Tartu_linnavalitsus, lk 94
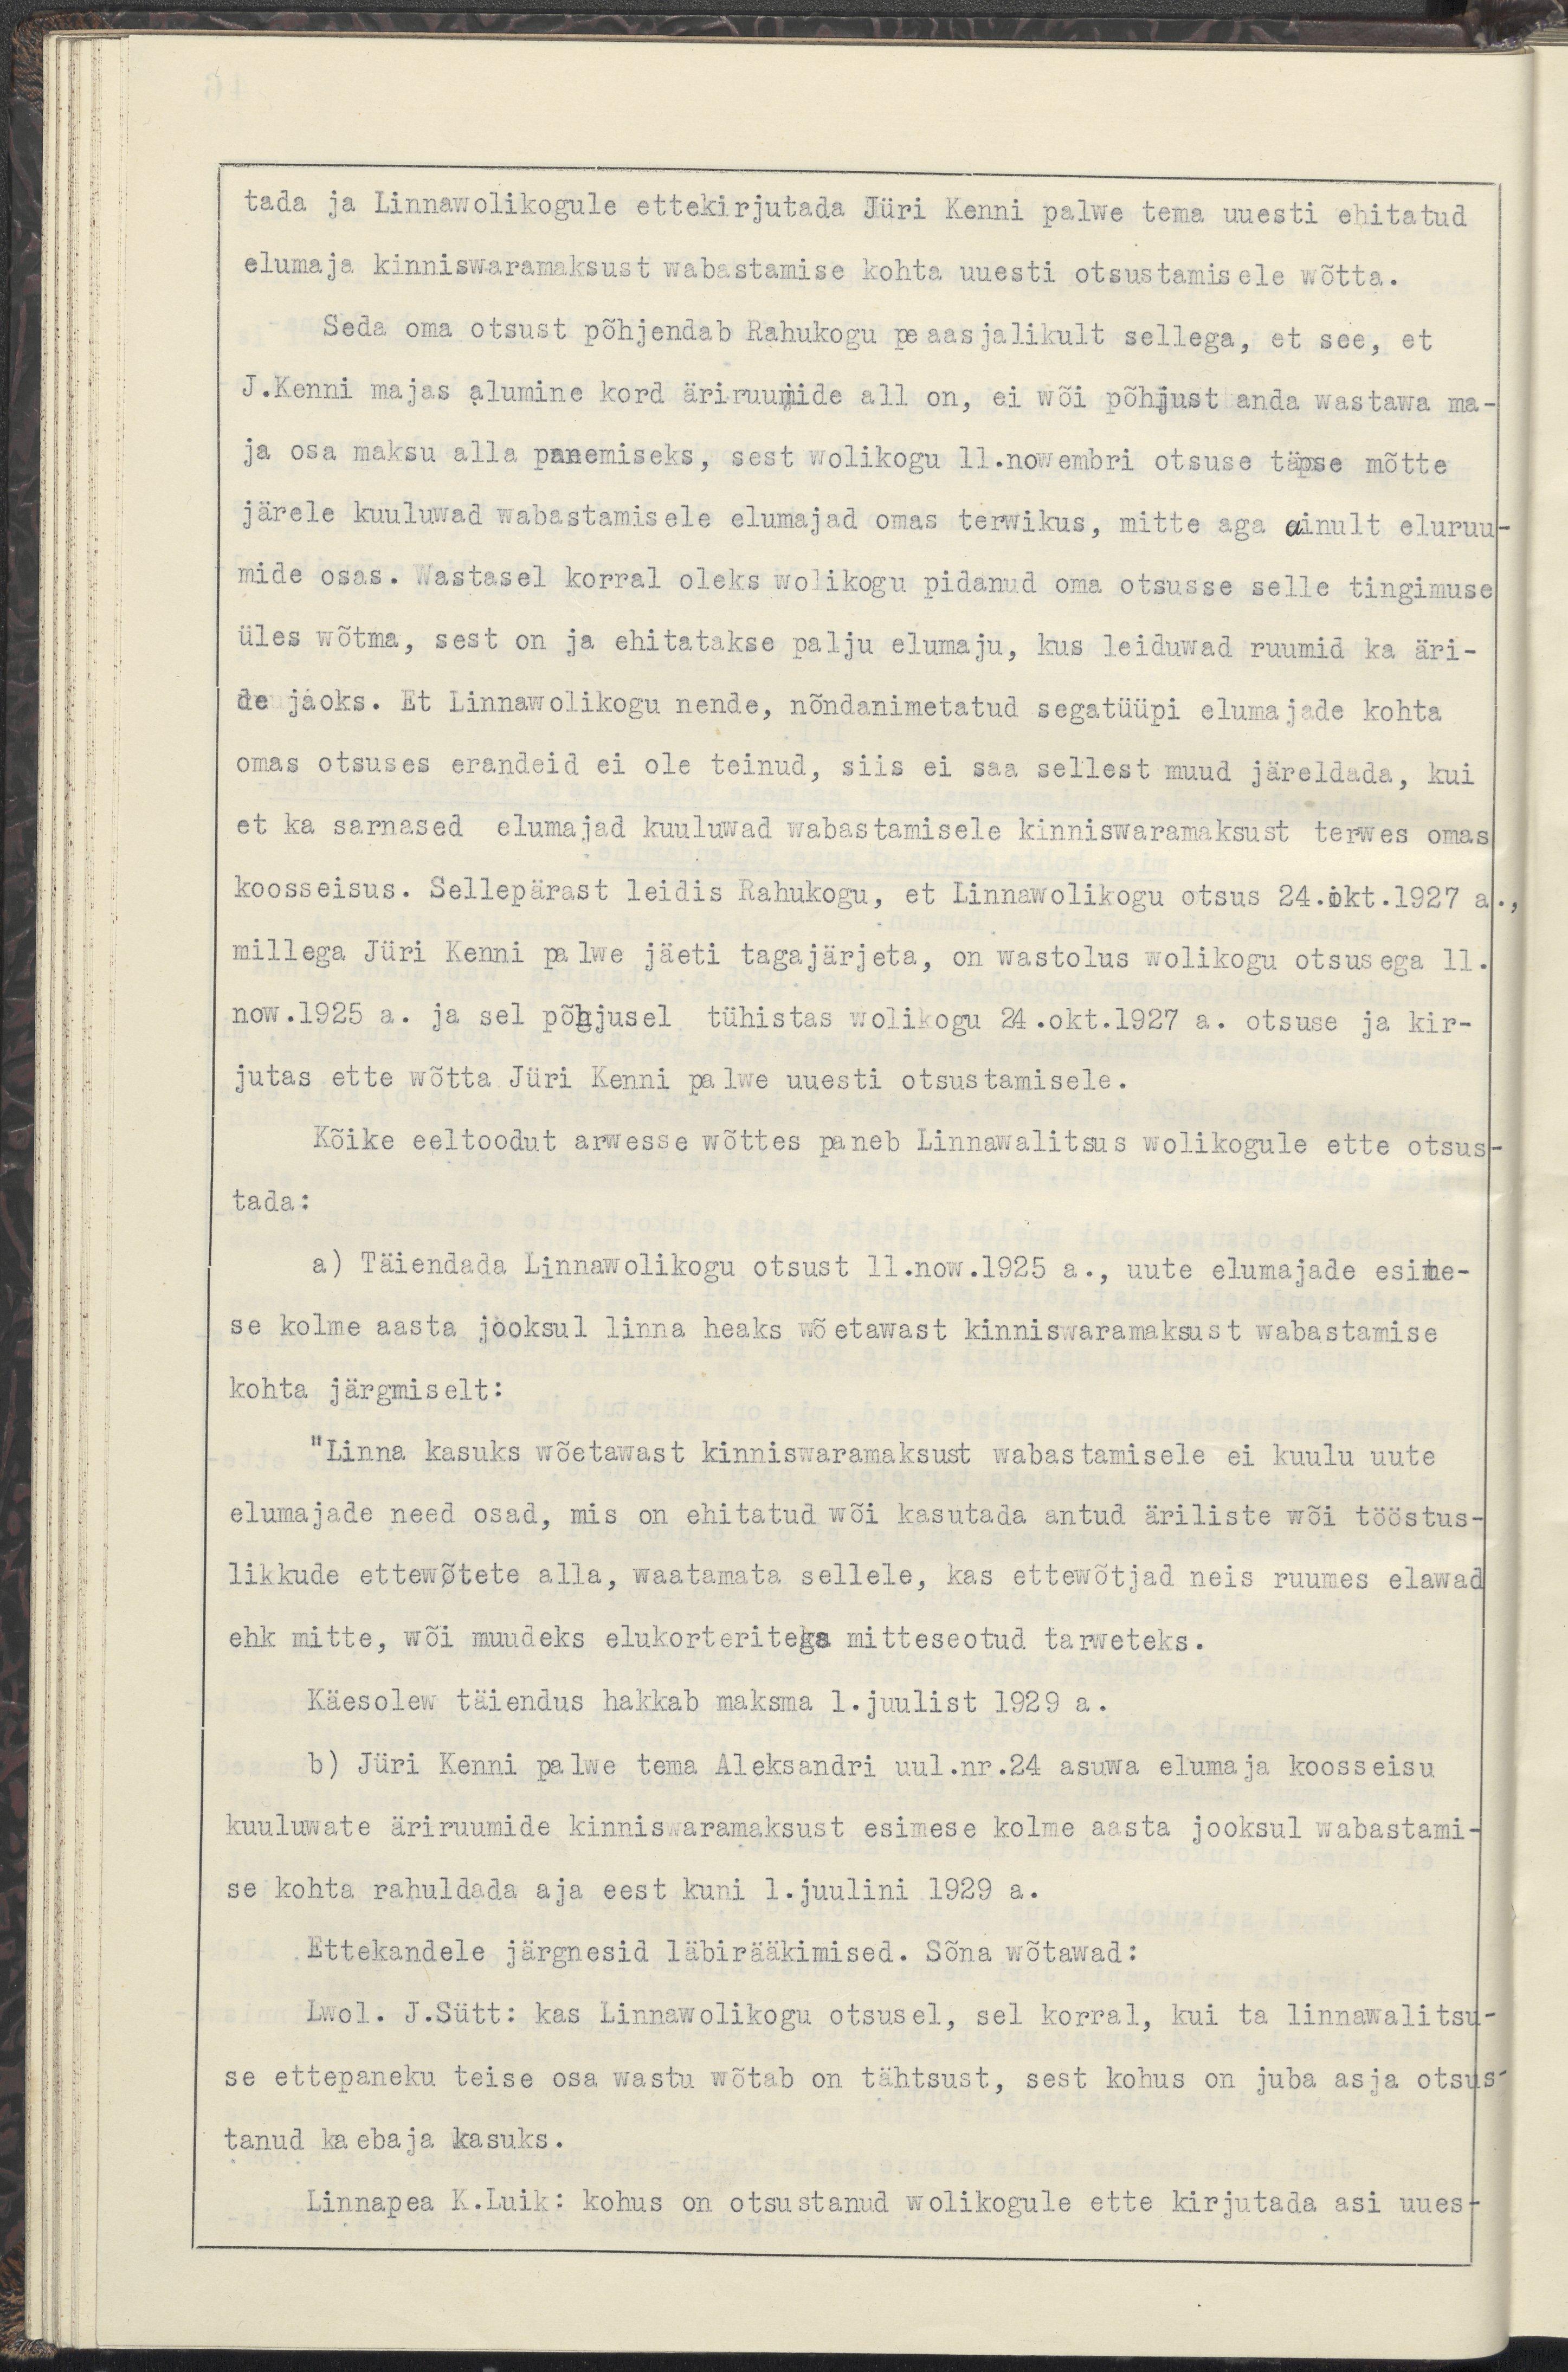
tada ja linnawolikogule ettekirjutada Jüri Kenni palwe tema uuesti ehitatud
elumaja kinniswaramaksust wabastamise kohta uuesti otsustamisele wõtta. 
Seda oma otsust põhjendab Rahukogu peaasjalikult sellega, et see, et
J.Kenni majas alumine kord äriruumide all on, ei wõi põhjust anda wastawa ma-
ja osa maksu alla panemiseks, sest wolikogu 11.nowembri otsuse täpse mõtte
järele kuuluwad wabastamisele elumajad omas terwikus, mitte aga ainult eluruu-
mide osas. Wastasel korral oleks wolikogu pidanud oma otsuse selle tingimuse
üles wõtma, sest on ja ehitatakse palju elumaju, kus leiduwad ruumid ka äri-
de jaoks. Et Linnawolikogu nende, nõndanimetatud segatüüpi elumajade kohta
omas otsuses erandeid ei ole teinud, siis ei saa see sellest muud järeldada, kui
et ka sarnased elumajad kuuluwad wabastamisele kinniswaramaksust terwes omas
koosseisus. Sellepärast leidis Rahukogu, et Linnawolikogu otsus 24.okt.1927 a.,
millega Jüri Kenni palwe jäeti tagajärjeta, on wastuolus wolikogu otsusega 11.
now.1925 a. ja sel põhjusel tühistas wolikogu 21.okt.1927 a. otsuse ja kir-
jutas ette wõtta Jüri Kenni palwe uuesti otsustamisele.
Kõike eeltoodut arwesse wõttes paneb Linnawalitsus wolikogule ette otsus-
tada:
a) Täiendada Linnawolikogu otsust 11.now.1925 a., uute elumajade esime-
se kolme aasta jooksul linna heaks wõetawast kinniswaramaksust wabastamise
kohta järgmiselt:
"Linna kasuks wõetawast kinniswaramaksust wabastamisele ei kuulu uute
elumajade need osad, mis on ehitatud wõi kasutada antud äriliste wõi tööstus-
likkude ettewõtete alla, waatamata sellele, kas ettewõtjad neis ruumes elawad
ehk mitte, wõi muudeks elukorteritega mitteseotud tarweteks.
Käesolew täiendus hakkab maksma 1. juulist 1929 a.
b) Jüri Kenni palwe tema Aleksandri uul.nr.24 asuwa elumaja koosseisu
kuuluwate äriruumide kinniswaramaksust esimese kolme aasta jooksul wabastami-
se kohta rahuldada aja eest kuni 1.juulini 1929 a.
Ettekandele järgnesid läbirääkimised. Sõna wõtawad:
Lwol. J.Sütt: kas Linnawolikogu otsusel, sel korral, kui ta Linnawalitsu-
se ettepaneku teise osa wastu wõtab on tähtsust, sest kohus on juba asja otsus-
tanud kaebaja kasuks.
Linnapea K.Luik: kohus on otsustanud wolikogule ette kirjutada asi uues-